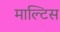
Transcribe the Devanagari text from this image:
माल्टिस